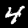
Label: 4